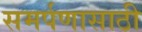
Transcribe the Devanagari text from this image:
समर्पणासाठी